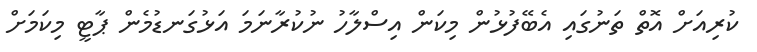
ކުރިއަށް އޮތް ތަނުގައި އެބޭފުޅުން މިކަން އިސްލާހު ނުކުރާނަމަ އަޅުގަނޑުމެން ޕާޓީ މިކަމަށް